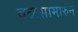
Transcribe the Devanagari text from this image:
वळसामारुन